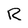
Character: R